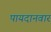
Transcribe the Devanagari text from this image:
पायदानवार